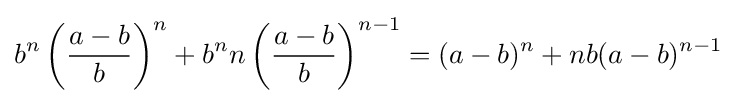
b^{n}\left({\frac {a-b}{b}}\right)^{n}+b^{n}n\left({\frac {a-b}{b}}\right)^{n-1}=(a-b)^{n}+nb(a-b)^{n-1}